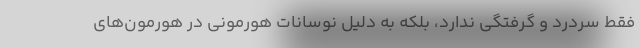
فقط سردرد و گرفتگی ندارد، بلکه به دلیل نوسانات هورمونی در هورمون‌های